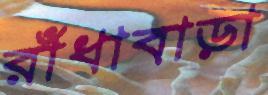
রাঁধাবাড়া